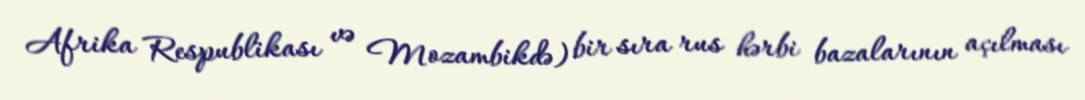
Afrika Respublikası və Mozambikdə) bir sıra rus hərbi bazalarının açılması